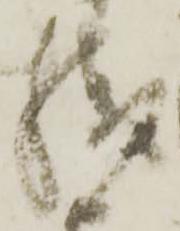
残